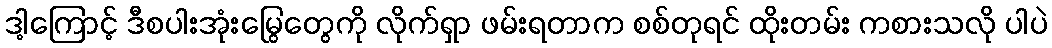
ဒါ့ကြောင့် ဒီစပါးအုံးမြွေတွေကို လိုက်ရှာ ဖမ်းရတာက စစ်တုရင် ထိုးတမ်း ကစားသလို ပါပဲ